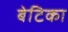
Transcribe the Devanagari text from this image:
बेटिका